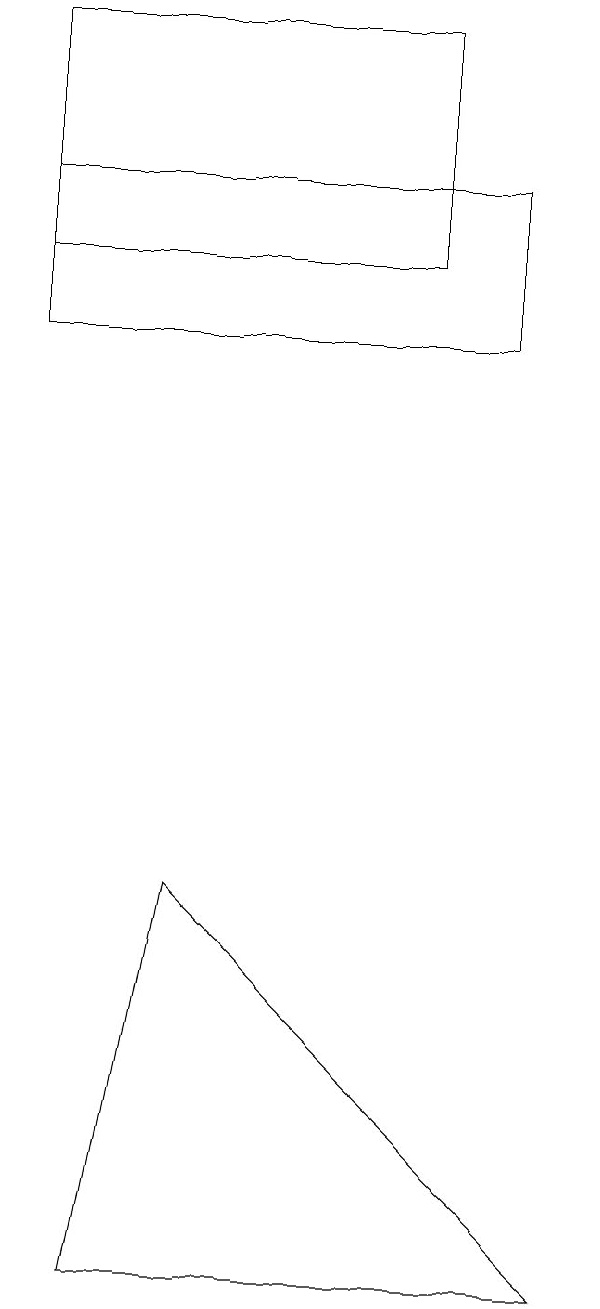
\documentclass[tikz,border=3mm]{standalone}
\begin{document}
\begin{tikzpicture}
\draw (1,3) -- (2,8) -- (7,3) -- cycle;
\draw (5,19) rectangle (0,16);
\draw (0,15) rectangle (6,17);
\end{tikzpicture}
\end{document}